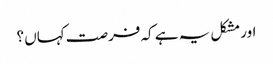
اور مشکل یہ ہے کہ فرصت کہاں ؟